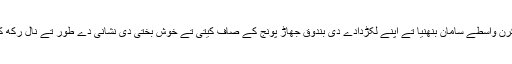
اوہنے اپنے ابالے کھاندے خون نوں ٹھنڈا کرن واسطے سامان بنھنیا تے اپنے لکڑدادے دی بندوق جھاڑ پونج کے صاف کیتی تے خوش بختی دی نشانی دے طور تے نال رکھ کے تاجکستان دے راستے افغانستان اپڑگیا ۔